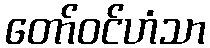
တော်ဝင်ဟံသာ